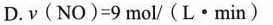
D. $$ν ( N O ) = 9 m o l / ( L · m i n )$$